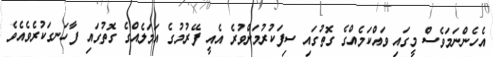
އެހެންނަމަވެސް މީގައި ވައްކަމެއްގެ ގޮތުގައި ސިފަކުރުމަށްވުރެ އެއީ ފޭރުމުގެ އަމަލެއްގެ ގޮތުގައި ފާހަނގަކުރެވެއެވެ